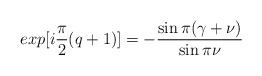
\begin{align*}exp[i\frac{\pi}{2}(q+1)]=-\frac{\sin\pi(\gamma+\nu)}{\sin\pi\nu}\end{align*}